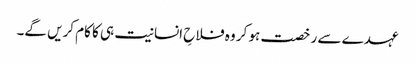
عہدے سے رخصت ہو کر وہ فلاحِ انسانیت ہی کا کام کریں گے۔